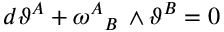
d \vartheta ^ { A } + \omega ^ { A } { } _ { B } \, \wedge \vartheta ^ { B } = 0